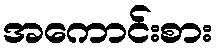
အကောင်းစား